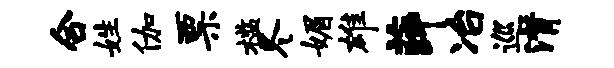
合姓伽票槛冬媚雄薛冶巡潸